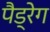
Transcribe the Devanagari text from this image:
पैड्रेग